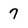
Character: 7